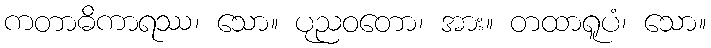
ကတာဓိကာရဿ၊ သော။ ပုညဝတော၊ အား။ တထာရူပံ၊ သော။